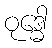
ဝုဒ္ဓေါ